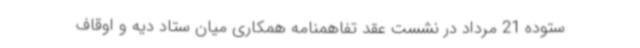
ستوده 21 مرداد در نشست عقد تفاهمنامه همکاری میان ستاد دیه و اوقاف